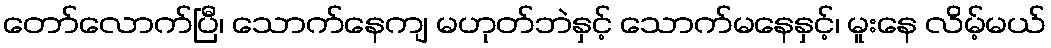
တော်လောက်ပြီ၊ သောက်နေကျ မဟုတ်ဘဲနှင့် သောက်မနေနှင့်၊ မူးနေ လိမ့်မယ်